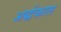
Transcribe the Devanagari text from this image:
अर्द्धकाल